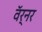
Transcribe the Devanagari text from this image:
वॅर्नर